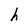
Character: h